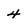
Character: 4